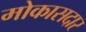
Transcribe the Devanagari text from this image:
मोकासदार